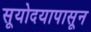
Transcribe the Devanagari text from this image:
सूयोदयापासून